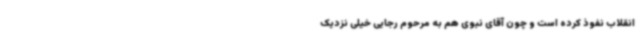
انقلاب نفوذ کرده است و چون آقای نبوی هم به مرحوم رجایی خیلی نزدیک